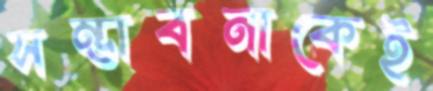
সম্ভাবনাকেই